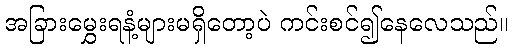
အခြားမွှေးရနံ့များမရှိတော့ပဲ ကင်းစင်၍နေလေသည်။